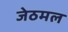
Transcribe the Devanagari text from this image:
जेठमल